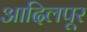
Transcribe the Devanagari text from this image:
आदिलपूर